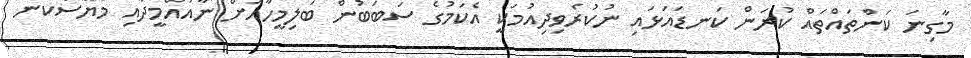
މާގިނަ ކަންތައްތައް ކުރަން ކަނޑައަޅައި ނުކުރެވިދިއުމަކީ އެކަމުގެ ސަބަބުން ބަލިމީހާއަށް ނާއުއްމީދާއި މާޔޫސްކަން